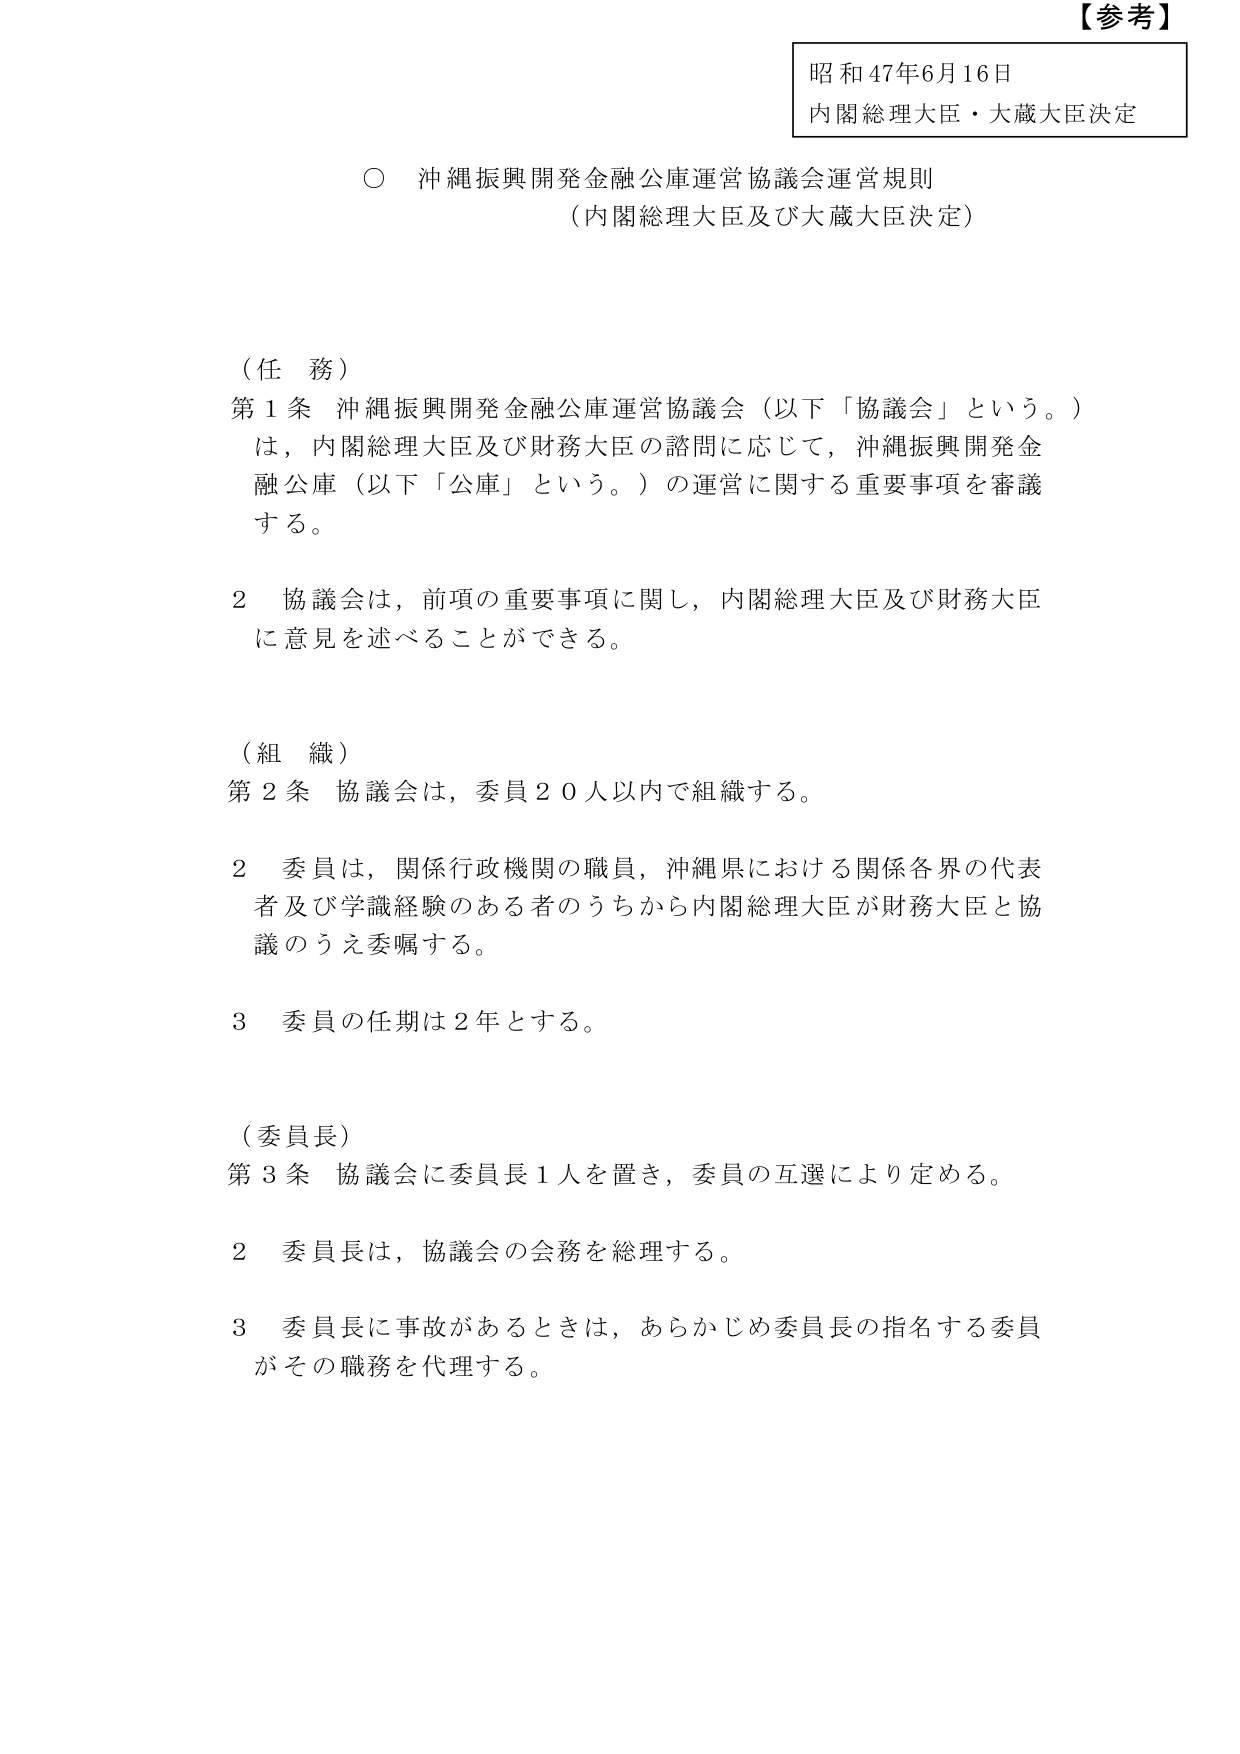
【参考】
昭和47年6月16日
内閣総理大臣・大蔵大臣決定

○ 沖縄振興開発金融公庫運営協議会運営規則
（内閣総理大臣及び大蔵大臣決定）

（任　務）
第1条 沖縄振興開発金融公庫運営協議会（以下「協議会」という。）
は、内閣総理大臣及び財務大臣の諮問に応じて、沖縄振興開発金融公庫（以下「公庫」という。）の運営に関する重要事項を審議する。

2 協議会は、前項の重要事項に関し、内閣総理大臣及び財務大臣に意見を述べることができる。

（組　織）
第2条 協議会は、委員20人以内で組織する。

2 委員は、関係行政機関の職員、沖縄県における関係各界の代表者及び学識経験のある者のうちから内閣総理大臣が財務大臣と協議のうえ委嘱する。

3 委員の任期は2年とする。

（委員長）
第3条 協議会に委員長1人を置き、委員の互選により定める。

2 委員長は、協議会の会務を総理する。

3 委員長に事故があるときは、あらかじめ委員長の指名する委員がその職務を代理する。